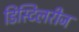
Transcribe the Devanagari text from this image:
डिस्टिलरीज